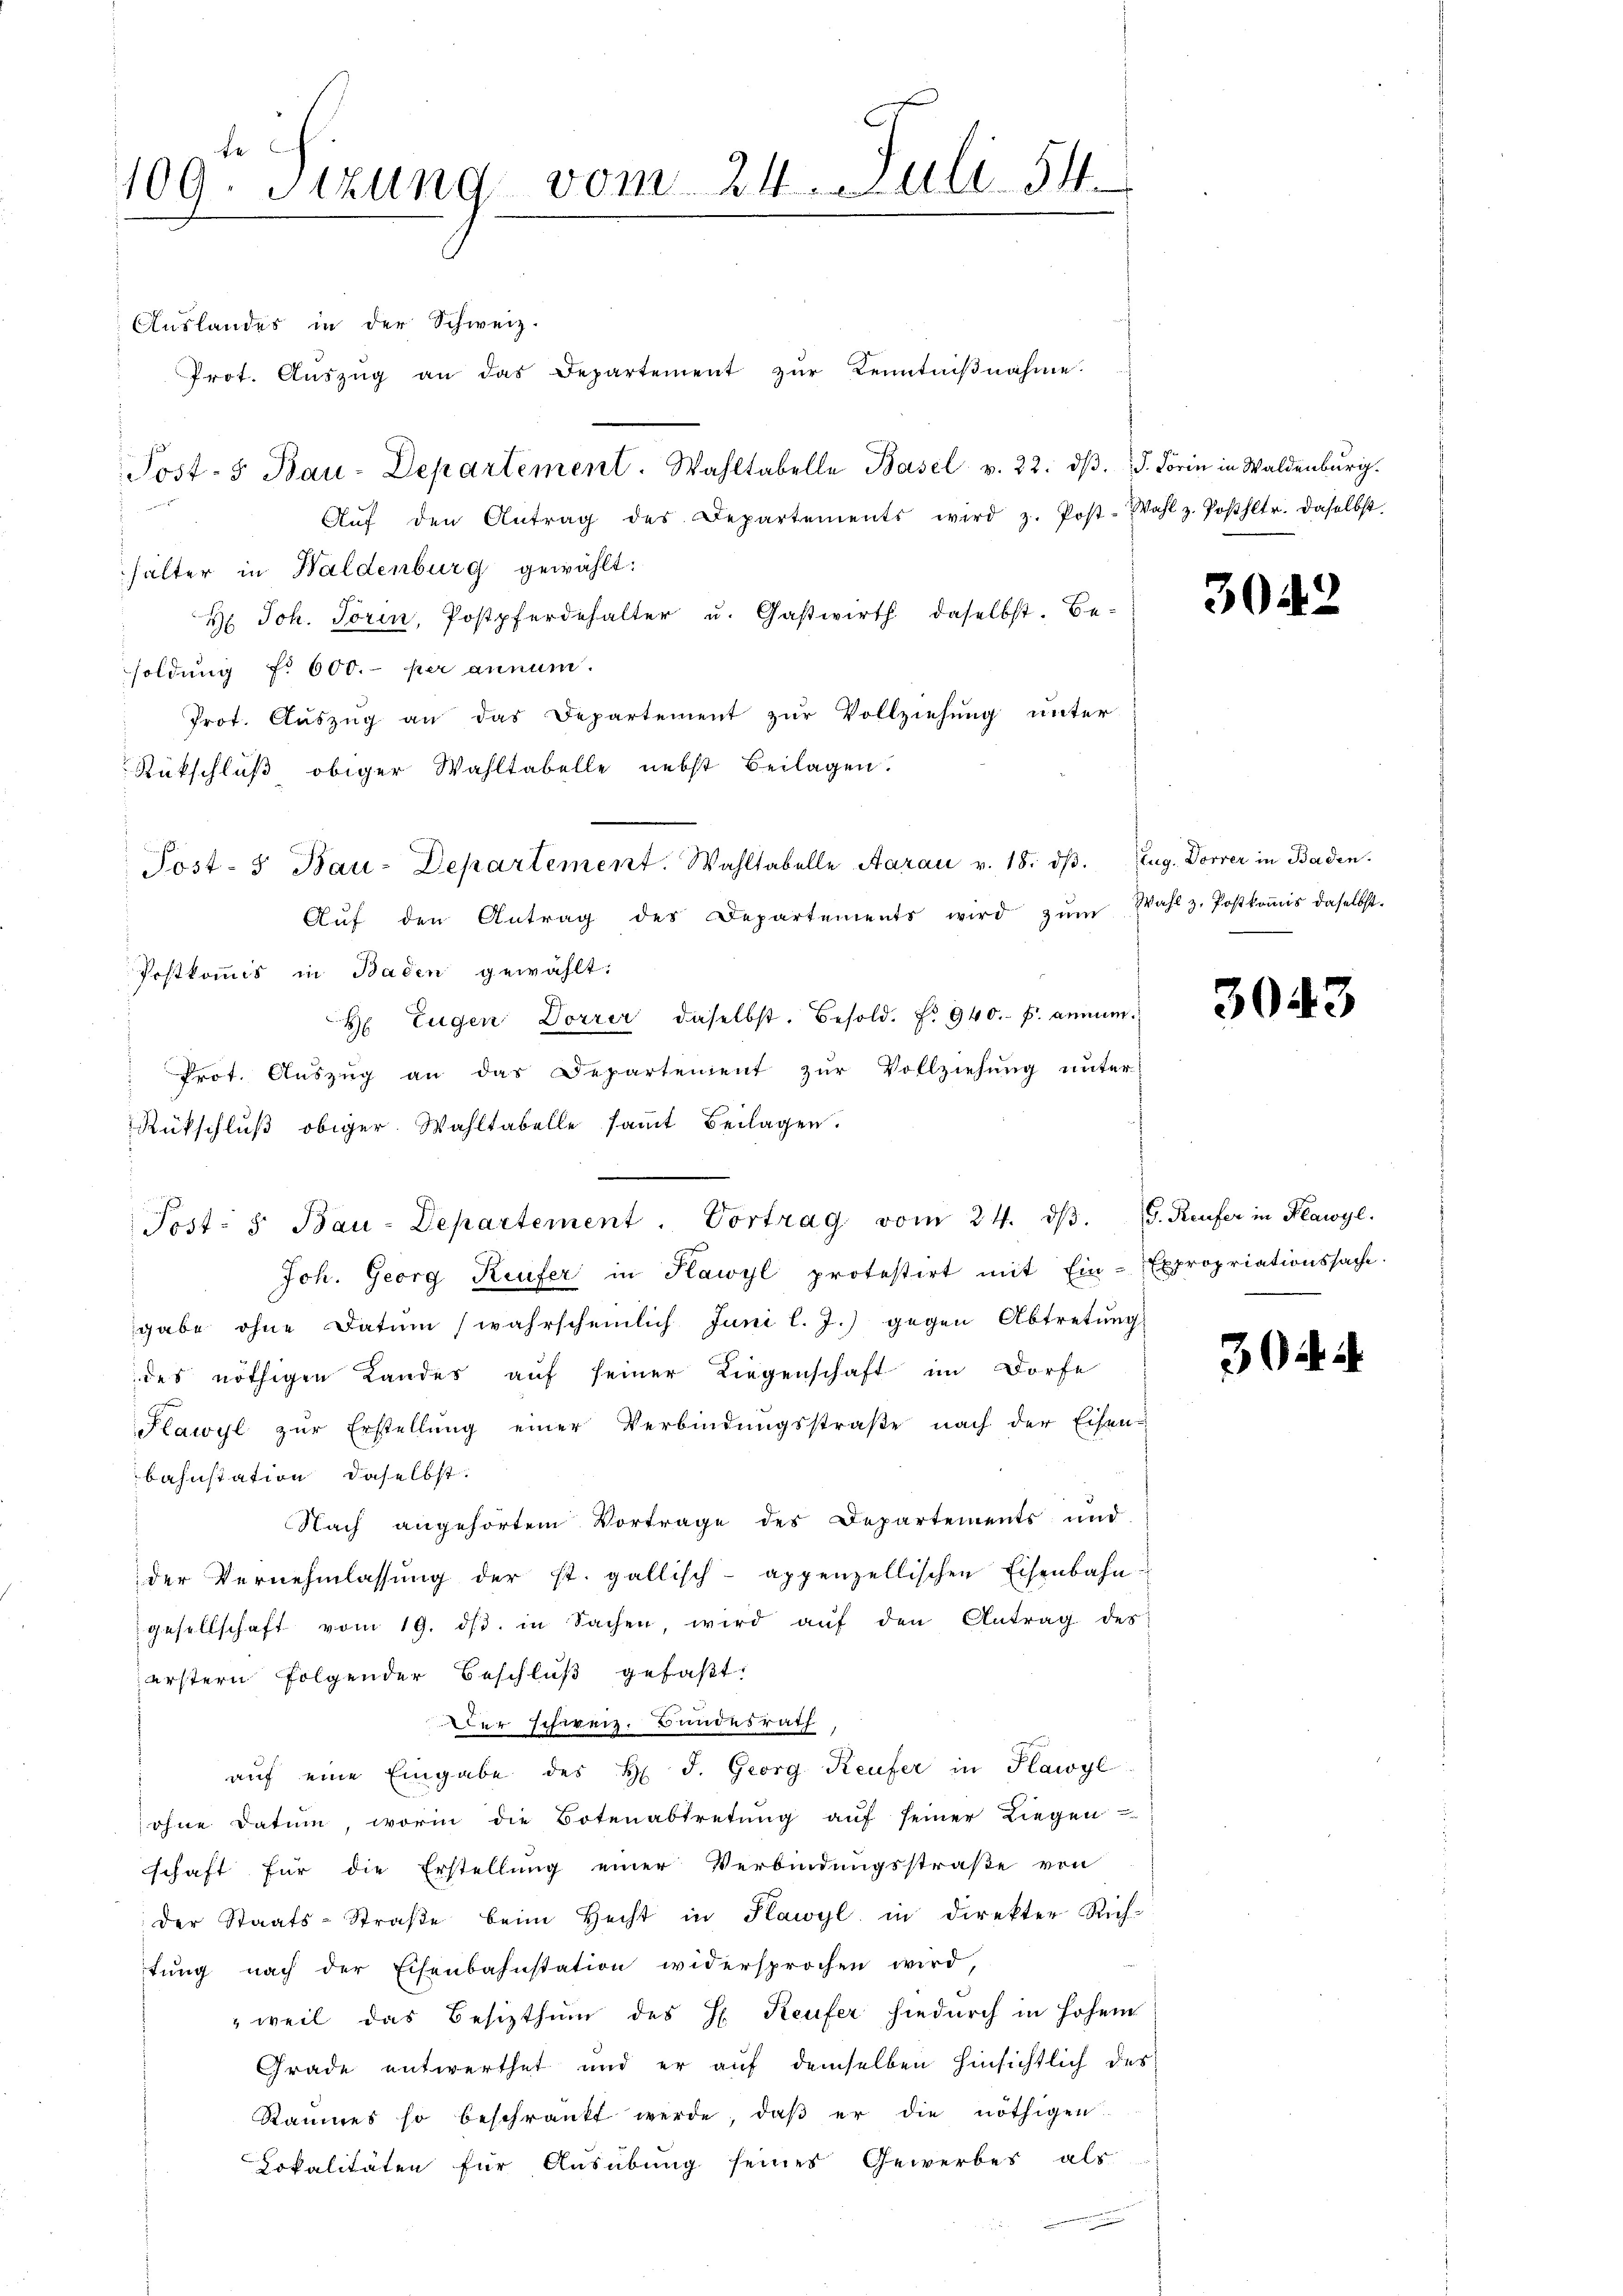
F
109. Sizung vom 24. Juli 54.

Auslandes in der Schweiz.

Prot. Aŭszŭg an das Departement zŭr Kenntniβnahme.
Post- & Bau-Departement. Wahltabelle Basel v. 22. dβ. d. Forin in Waldenburg.
Aŭf den Antrag des Departements wird z. Post-Wahl z. Posthltr. daselbst.
halter in Haldenburg gewählt:
H. Joh. Torin, Postpferdehalter u. Gastwirth daselbst. Besoldung f. 600. per annum.
Prot. Aŭszŭg an das Departement zŭr Vollziehung unter
Postkommis in Baden gewählt:
H Eugen Dorrer daselbst. Besold. f. 940.- Fr. annum
Prot. Auszug an das Departement zur Vollziehung unter-
Joh. Georg Keufer in Kawyl protestirt mit Ein-Expropriationssache.
gabe ohne Datum (wahrscheinlich Juni l. J.) gegen Abtretung
des nöthigen Landes auf seiner Liegenschaft im Dorfe
Kawyl zŭr Erstellŭng einer Verbindŭngsstraße nach der Eisen-
bahnstation daselbst.
Nach angehörtem Vortrage des Departements und
der Vernehmlassŭng der st. gallisch-appenzellischen Eisenbahn-
gesellschaft vom 19. dβ. in Sachen, wird aŭf den Antrag des
erstern folgender Beschluß gefaßt:
Der schweiz. Bundesrath
aŭf eine Eingabe des H. J. Georg Reufer in Flawyl
ohne Datum, worin die Botenabtretung auf seiner Liegen
schaft für die Erstellung einer Verbindungsstraße von
der Staats-Straβe beim Hecht in Flawyl, in direkter Rich-
tŭng nach der Eisenbahnstation widersprochen wird,
weil das Besizthum des H. Reufer hiedurch in hohem
Grade entwerthet und er auf demselben hinsichtlich des
Raumes so beschränkt werde, daß er die nöthigen.
Lokalitäten für Ausübung seines Gewerbes als

Rückschluß obiger Wahltabelle nebst Beilagen.
Post- u Bau-Departement. Wahltabelle Aarau v. 18. dβ. Zug. Dorrer in Baden.
Aŭf den Antrag des Departements wird zŭm Wahl z. Postkoṁis daselbst.

Rückschlŭβ obiger. Wahltabelle samt Beilagen.

Post- u Bau-Departement. Vortrag vom 24. dβ. V. Reufer in Klawyl.

30.

3043

304. 2